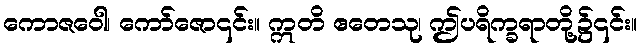
ကောဇဝေါ၊ ကော်ဇော၎င်း။ ဣတိ ဧတေသု၊ ဤပရိက္ခရာတို့၌၎င်း။